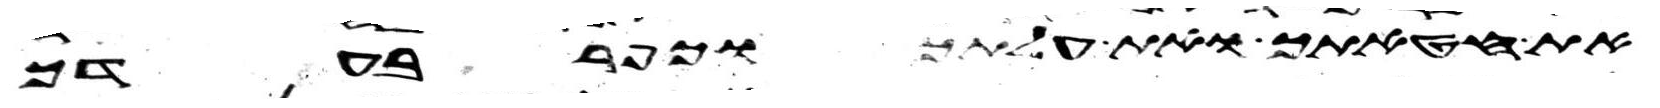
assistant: את חטאתך ואת עלתך וכפר בעדך